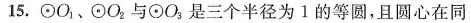
15.\odot O_{1}、\odot O_{2}，与\odot O_{3}是三个半径为1的等圆，且圆心在同